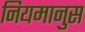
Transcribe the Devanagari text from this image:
नियमानुस